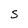
Character: S